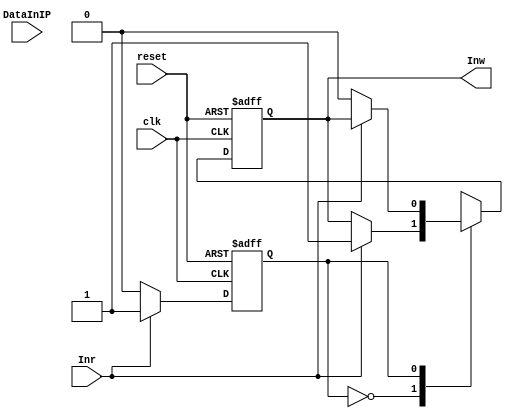
//`timescale 1 ns / 1 ns
// synopsys translate_off
// synopsys translate_on
module IP_consumer
   #(
      parameter DATA_WIDTH = 37,
      parameter POSITION = 4'b0101 //ctntr X: 01 Y: 01
   )
(
DataInIP,
Inr,
Inw,
clk,
//step,
reset
);

input [DATA_WIDTH-1 : 0] DataInIP;
output Inw;
input Inr;
input clk;
input reset;
//output [1:0] step;

//reg [DATA_WIDTH-1 : 0] DataOutIP;
reg Inw;
reg /*[1:0]*/ step;
reg [5:0] point;
reg [2:0] count;

initial
begin
  step=0;
  point=0;
  Inw=0;
  //$display("Input starts working at %t",$time);
end

always @(posedge reset or posedge clk)
//always @(posedge reset or negedge clk)
begin
	if (reset == 1'b1)
    begin
      step<=0;
      Inw<=0;
      count<=0;
    end
    else
    begin
      // $display("IP consumer position %b, Inr %b, Inw %b, at %t", POSITION, Inr, Inw, $time);
      case (step)
        
        1'b0:  begin
            if (Inr == 1'b1) 
                  begin
                    Inw=1'b1;
                    step=1'b1;
                  end
            end							
        1'b1:  begin
            if (Inr == 1'b0) 
              begin 
                //$display("Recv pos: %d len: %d time: %t", POSITION, count+1, $time);
				if (DataInIP[3:0]!=POSITION) $display("ERROR: Received not suited flit. Aim is %b, but position is %b", DataInIP[3:0], POSITION);
                if (DataInIP[4]==1'b1) 
                  begin
                    //$display("Received end flit position %d at %t message length %d", POSITION, $time, count+1);
                    $display("Recv pos: %d len: %d time: %t", POSITION, count+1, $time);
                    //$display("Received end flit %b, position %d at %t",DataInIP, POSITION, $time);
                    //$display("Message length %d",count);
                    count=0;
                  end
                  else 
                    begin
                      //$display("Received flit %b, position %b at %t",DataInIP, POSITION, $time);
                      count=count+1;
                    end
                Inw=1'b0;
                step=1'b0; 									
              end
            end
      endcase
    end
end
endmodule